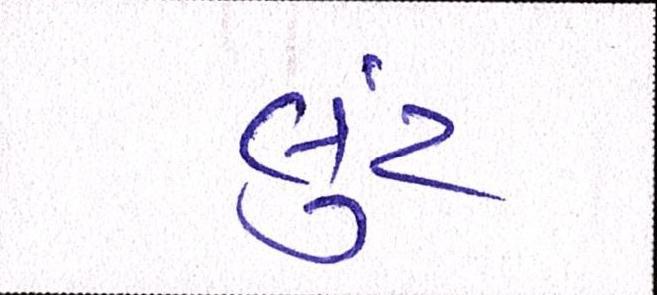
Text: લુંટ